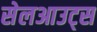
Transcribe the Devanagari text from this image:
सेलआउट्स